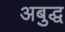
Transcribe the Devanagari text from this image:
अबुद्ध